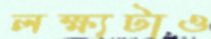
লক্ষ্যটাও